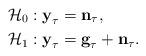
LaTeX: \begin{align*} &\mathcal{H}_0 : \textbf{y}_{\tau}= \textbf{n}_{\tau}, \\ &\mathcal{H}_1 :\textbf{y}_{\tau}= \textbf{g}_{\tau}+\textbf{n}_{\tau}.\end{align*}